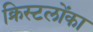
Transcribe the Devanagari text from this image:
क्रिस्टलोंका